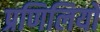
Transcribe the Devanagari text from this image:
प्रणिलियों